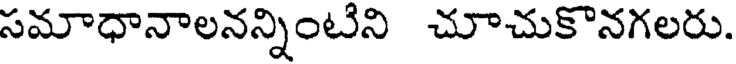
సమాధానాలనన్నింటిని చూచుకొనగలరు.